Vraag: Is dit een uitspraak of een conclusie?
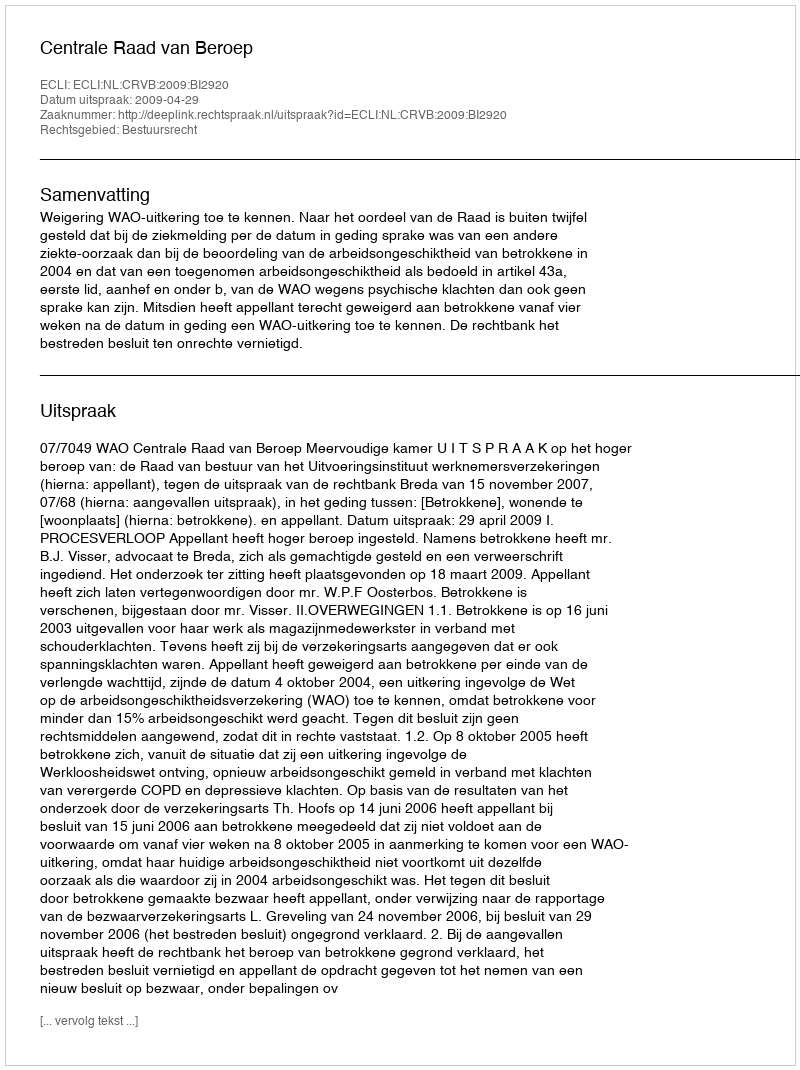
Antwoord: Uitspraak